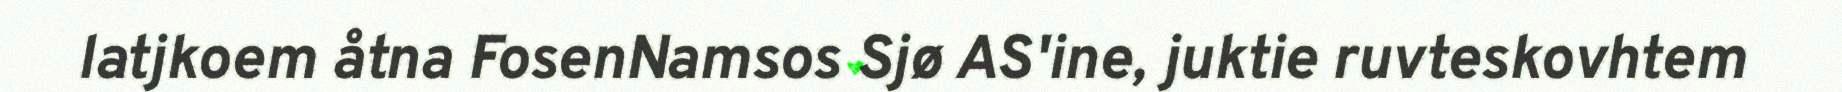
latjkoem åtna FosenNamsos Sjø AS'ine, juktie ruvteskovhtem